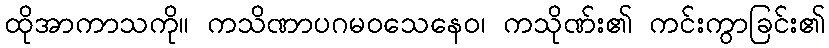
ထိုအာကာသကို။ ကသိဏာပဂမဝသေနေဝ၊ ကသိုဏ်း၏ ကင်းကွာခြင်း၏